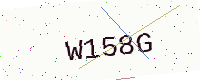
Text: W158G